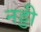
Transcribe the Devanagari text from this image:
नड्डी